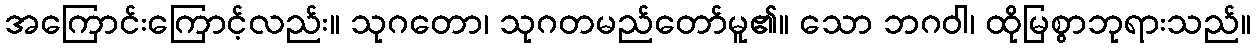
အကြောင်းကြောင့်လည်း။ သုဂတော၊ သုဂတမည်တော်မူ၏။ သော ဘဂဝါ၊ ထိုမြစွာဘုရားသည်။